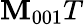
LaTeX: \mathbf{M}_{001}T